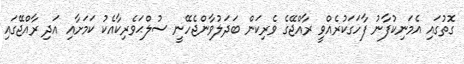
ގޮތުގައި އެމަނިކުފާނު ފާހަގަކުރެއްވީ ރާއްޖޭގެ ވެރިކަން ބަދަލުވާންޖެހޭނީ ސުލްޙަވެރިކާއެކު ކަމަށާއި އަދި ރާއްޖޭގައި